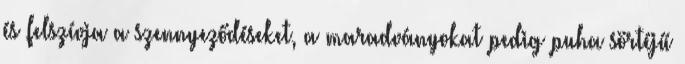
és felszívja a szennyeződéseket, a maradványokat pedig puha sörtéjű